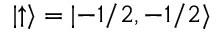
| { \uparrow } \rangle = | { - 1 / 2 , - 1 / 2 } \rangle